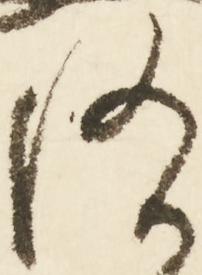
随